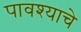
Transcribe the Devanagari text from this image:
पावश्याचे